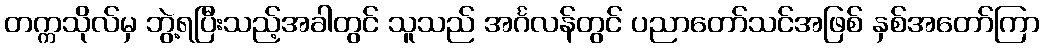
တက္ကသိုလ်မှ ဘွဲ့ရပြီးသည့်အခါတွင် သူသည် အင်္ဂလန်တွင် ပညာတော်သင်အဖြစ် နှစ်အတော်ကြာ